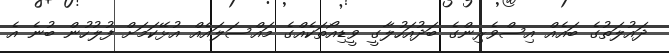
ދައުލަތުގެ ބައެއް އިސްވެރިންގެ ބަދުއަހުލާގީ ވީޑިއޯތަކެއްގެ މައްސަލައެއް އުޅޭކަމަށް ފުލުހުން ބުނެ އެ